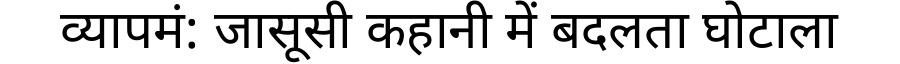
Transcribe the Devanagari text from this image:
व्यापमं: जासूसी कहानी में बदलता घोटाला